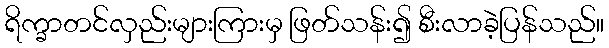
ရိက္ခာတင်လှည်းများကြားမှ ဖြတ်သန်း၍ စီးလာခဲ့ပြန်သည်။